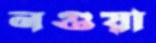
নগুয়া